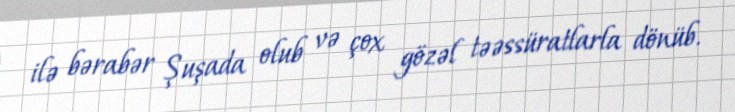
ilə bərabər Şuşada olub və çox gözəl təəssüratlarla dönüb.